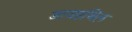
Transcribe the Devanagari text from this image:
डायइथिल